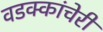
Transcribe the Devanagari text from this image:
वडक्कांचेरी